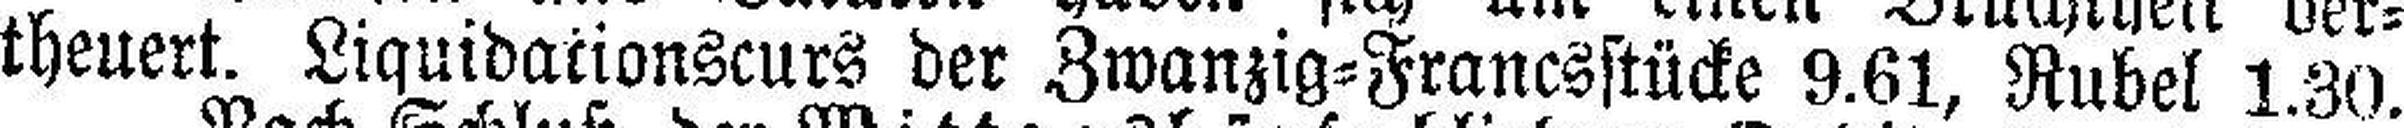
theuert. Liquidationscurs der Zwanzig=Francsstücke 9.61, Ruhel 1.30.